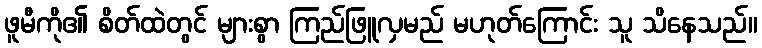
ဖူမီကို၏ စိတ်ထဲတွင် များစွာ ကြည်ဖြူလှမည် မဟုတ်ကြောင်း သူ သိနေသည်။